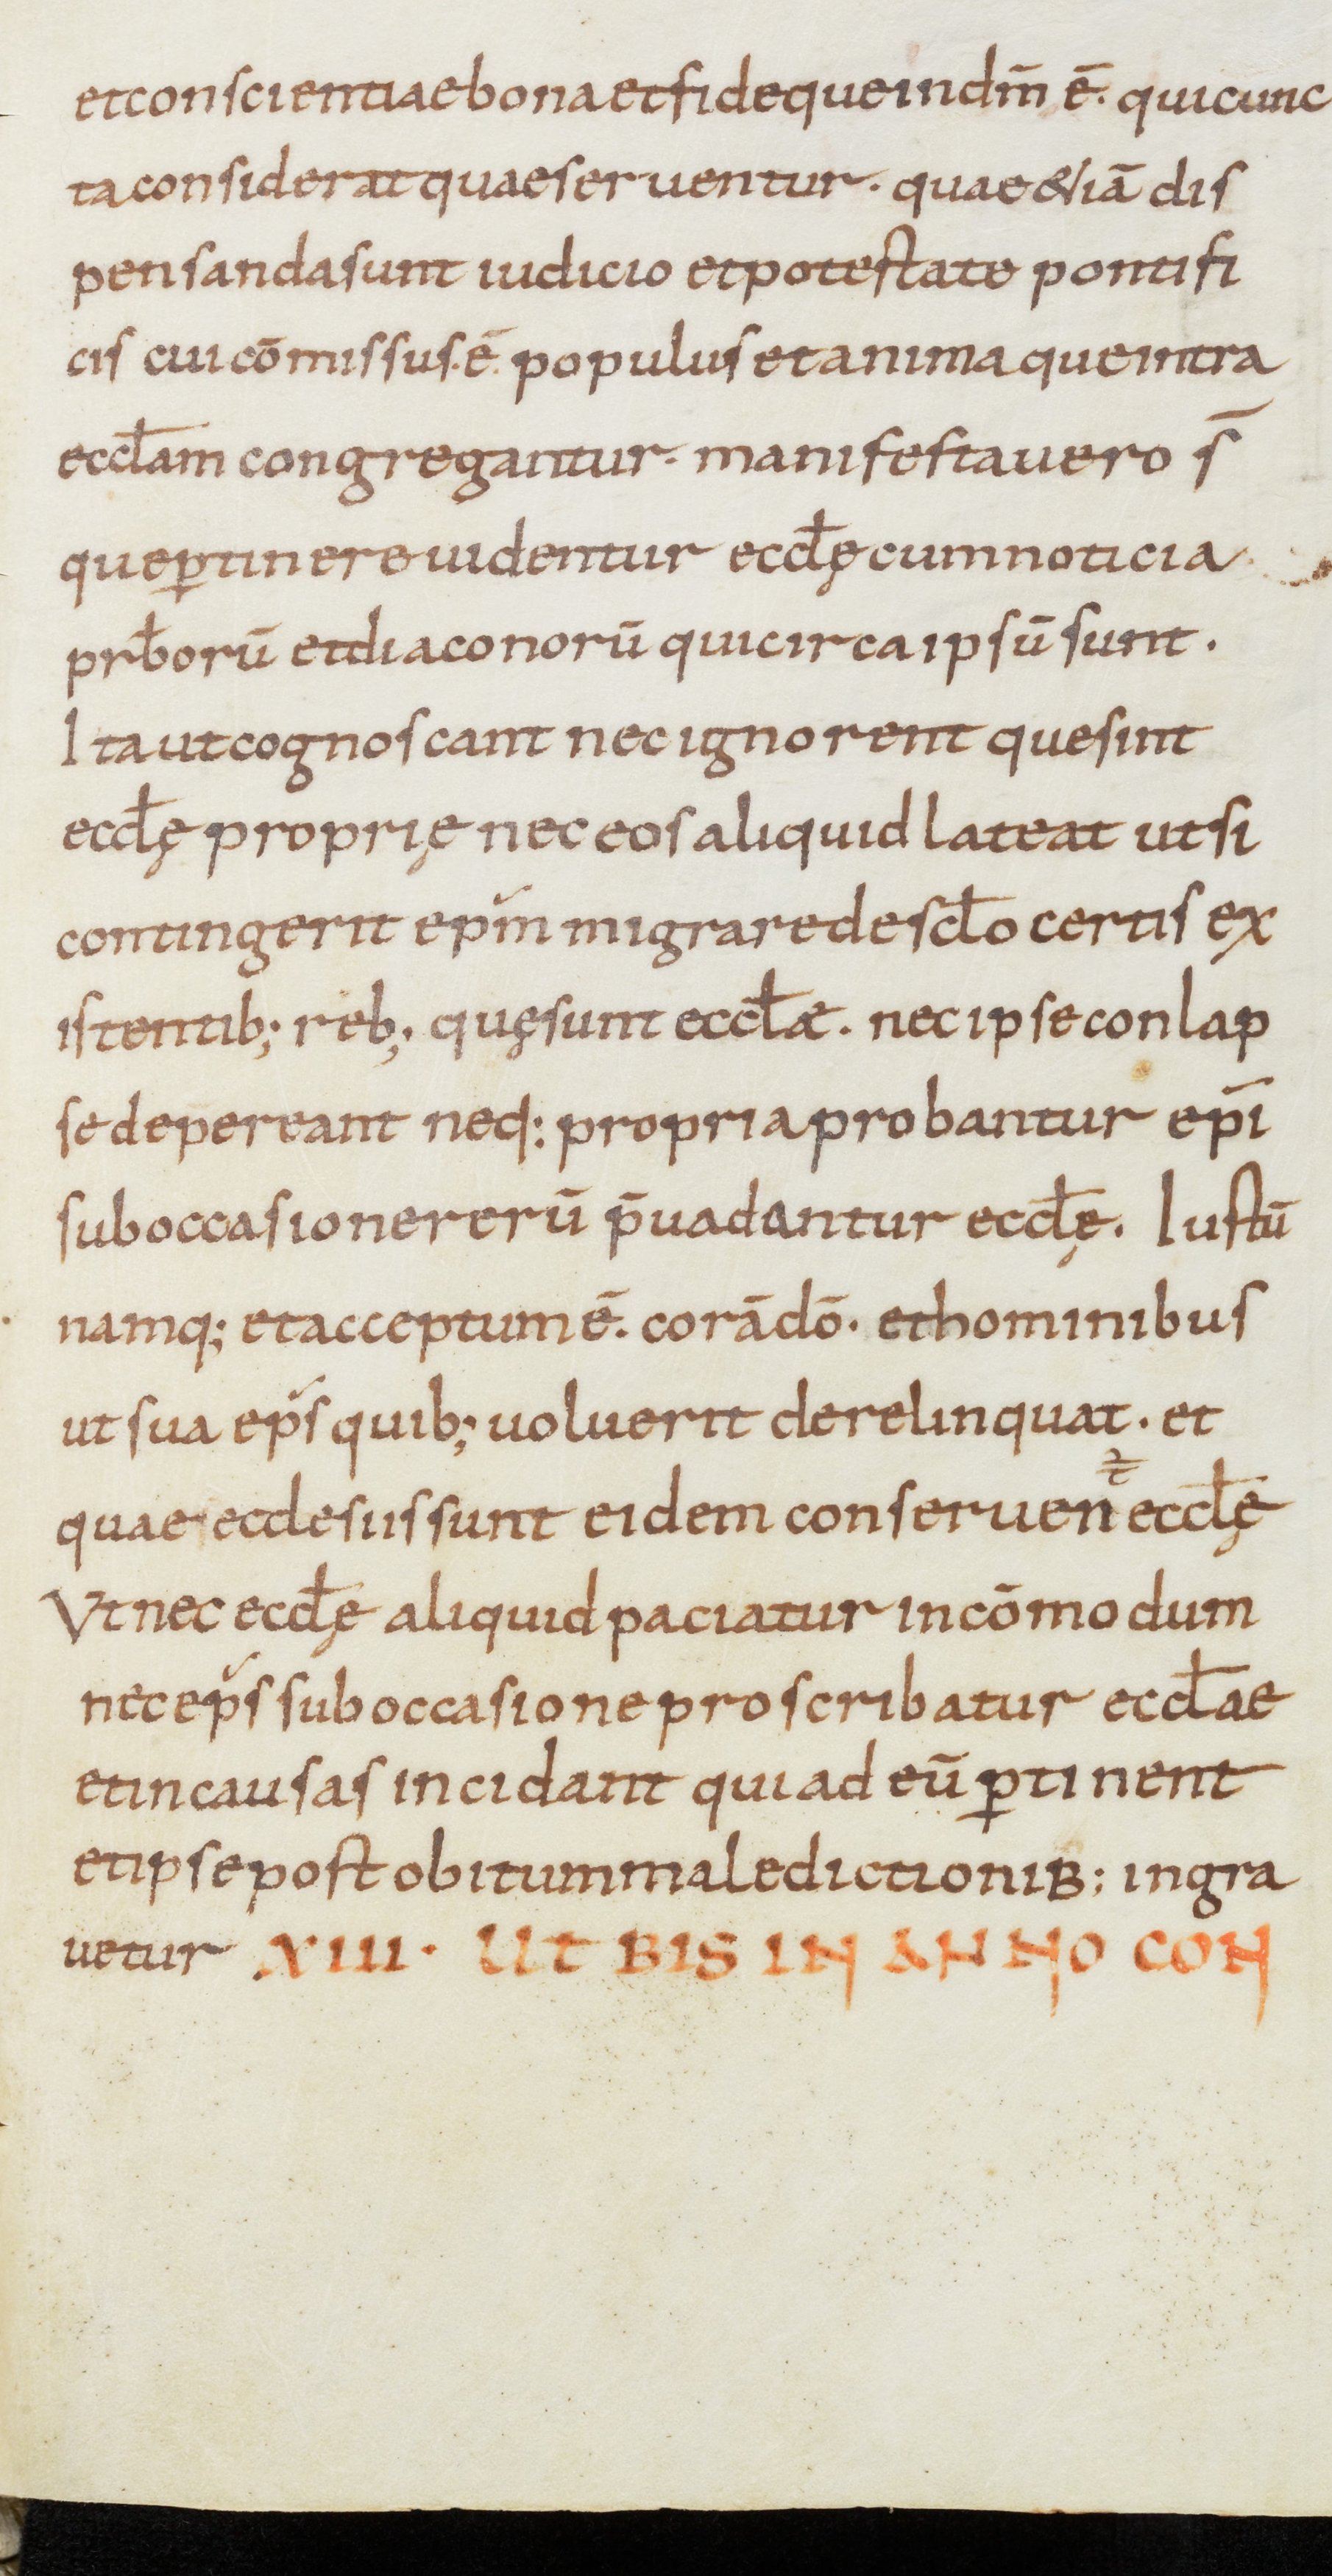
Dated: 900–999